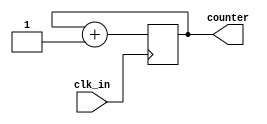
module four_bit_counter(input wire clk_in, output wire [3:0] counter);

  reg [3:0] count;

  always @ ( posedge clk_in ) begin
    count <= count + 1;
  end

  assign counter = count;

endmodule